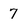
Character: 7